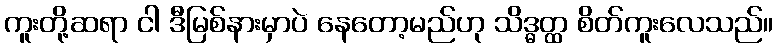
ကူးတို့ဆရာ ငါ ဒီမြစ်နားမှာပဲ နေတော့မည်ဟု သိဒ္ဓတ္ထ စိတ်ကူးလေသည်။